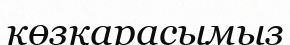
көзқарасымыз